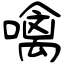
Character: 噙